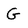
Character: G